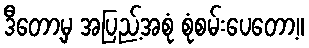
ဒီတော့မှ အပြည့်အစုံ စုံစမ်းပေတော့။